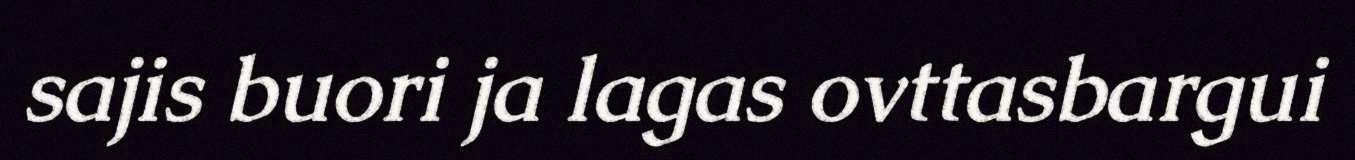
sajis buori ja lagas ovttasbargui